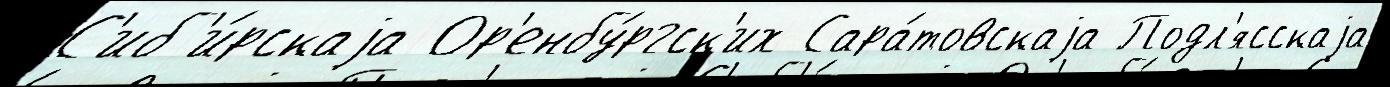
С'иб'и́рскаjа Ор'енбу́ргск'их Сара́товскаjа Подл'ясскаjа